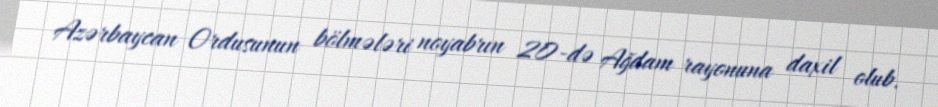
Azərbaycan Ordusunun bölmələri noyabrın 20-də Ağdam rayonuna daxil olub.